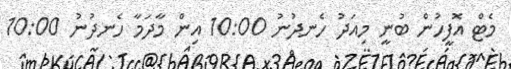
މެޓް އޮފީހުން ބުނީ މިއަދު ހެނދުނު 10:00 އިންް މާދަމާ ހެނދުނު 10:00